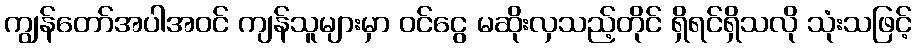
ကျွန်တော်အပါအဝင် ကျန်သူများမှာ ဝင်ငွေ မဆိုးလှသည့်တိုင် ရှိရင်ရှိသလို သုံးသဖြင့်